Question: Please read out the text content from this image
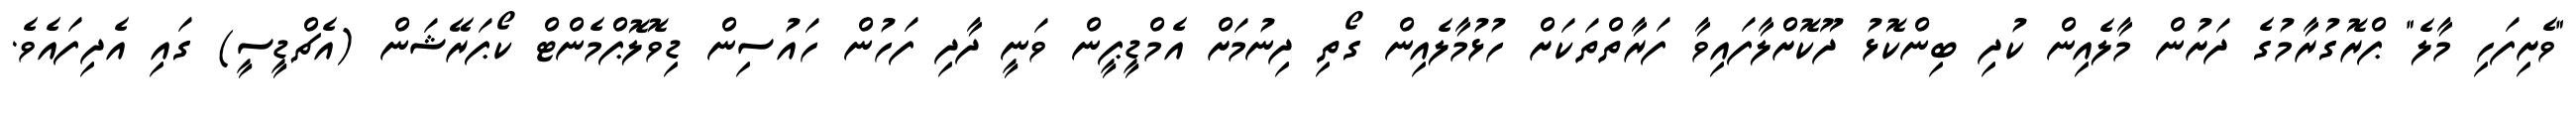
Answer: "ވެށިފަހި މާލެ" ޕްރޮގުރާމުގެ ދަށުން މާލެއިން ކުދި ބިންކޮޅު ދޫކޮށްލާފައިވާ ފަރާތްތަކަށް ހުޅުމާލެއިން ގޯތި ދިނުމަށް އެމްޑީޕީން ވަނީ ދާދި ފަހުން ހައުސިން ޑިވޮލޮޕްމެންޓް ކޯޕަރޭޝަން (އެޗްޑީސީ) ގައި އެދިފައެވެ.